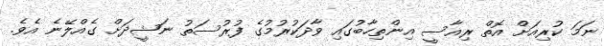
ނަމަ ކުރިއަށް އޮތް ރިއާސީ އިންތިހާބުގައި ވާދަކުރުމުގެ ފުރުސަތު ނަޝީދަށް ގެއްލޭނެ އެވެ.